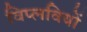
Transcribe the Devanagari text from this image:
विप्लवियों